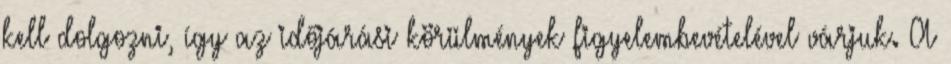
kell dolgozni, így az időjárási körülmények figyelembevételével várjuk. A